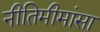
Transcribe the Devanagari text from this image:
नीतिमीमांसा